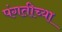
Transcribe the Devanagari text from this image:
पंगतीच्या